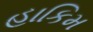
હાકિમ